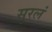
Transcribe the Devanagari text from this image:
सुरलं